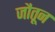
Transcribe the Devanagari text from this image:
जौतून